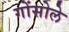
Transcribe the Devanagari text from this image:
गोंसोले